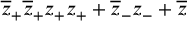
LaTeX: \overline { { { z } } } _ { + } \overline { { { z } } } _ { + } z _ { + } z _ { + } + \overline { { { z } } } _ { - } z _ { - } + \overline { { { z } } }